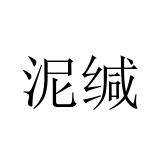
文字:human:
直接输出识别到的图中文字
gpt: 泥缄